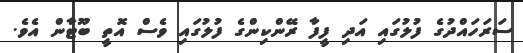
ސަރަހައްދުގެ ފުލުގައި އަދި ފީފާ ރޭންކިންގެ ފުލުގައި ވެސް އޮތީ ބޫޓާން އެވެ.